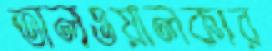
তালওয়ালকার